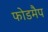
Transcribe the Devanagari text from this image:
फोडमैप